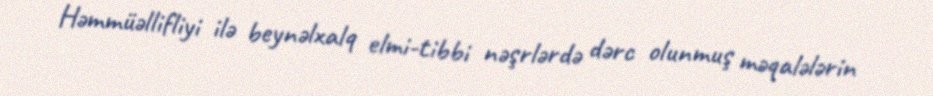
Həmmüəllifliyi ilə beynəlxalq elmi-tibbi nəşrlərdə dərc olunmuş məqalələrin